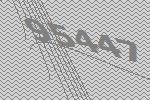
95447